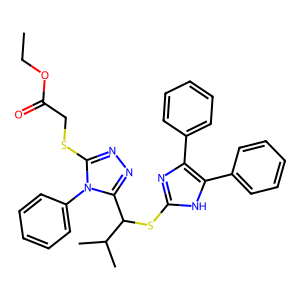
SMILES: CCOC(=O)CSc1nnc(C(Sc2nc(-c3ccccc3)c(-c3ccccc3)[nH]2)C(C)C)n1-c1ccccc1
Inhibits HIV replication: No